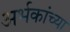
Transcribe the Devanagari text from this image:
अर्भकांच्या